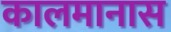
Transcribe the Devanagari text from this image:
कालमानास